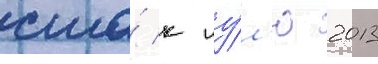
сша́ к иу́л'ю 2013